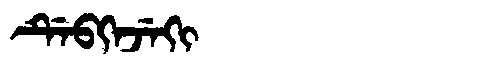
Manchu: ᡩᡝᠪᡴᡝᠵᡝᡴᡳ
Romanization: DEBKEJEKI